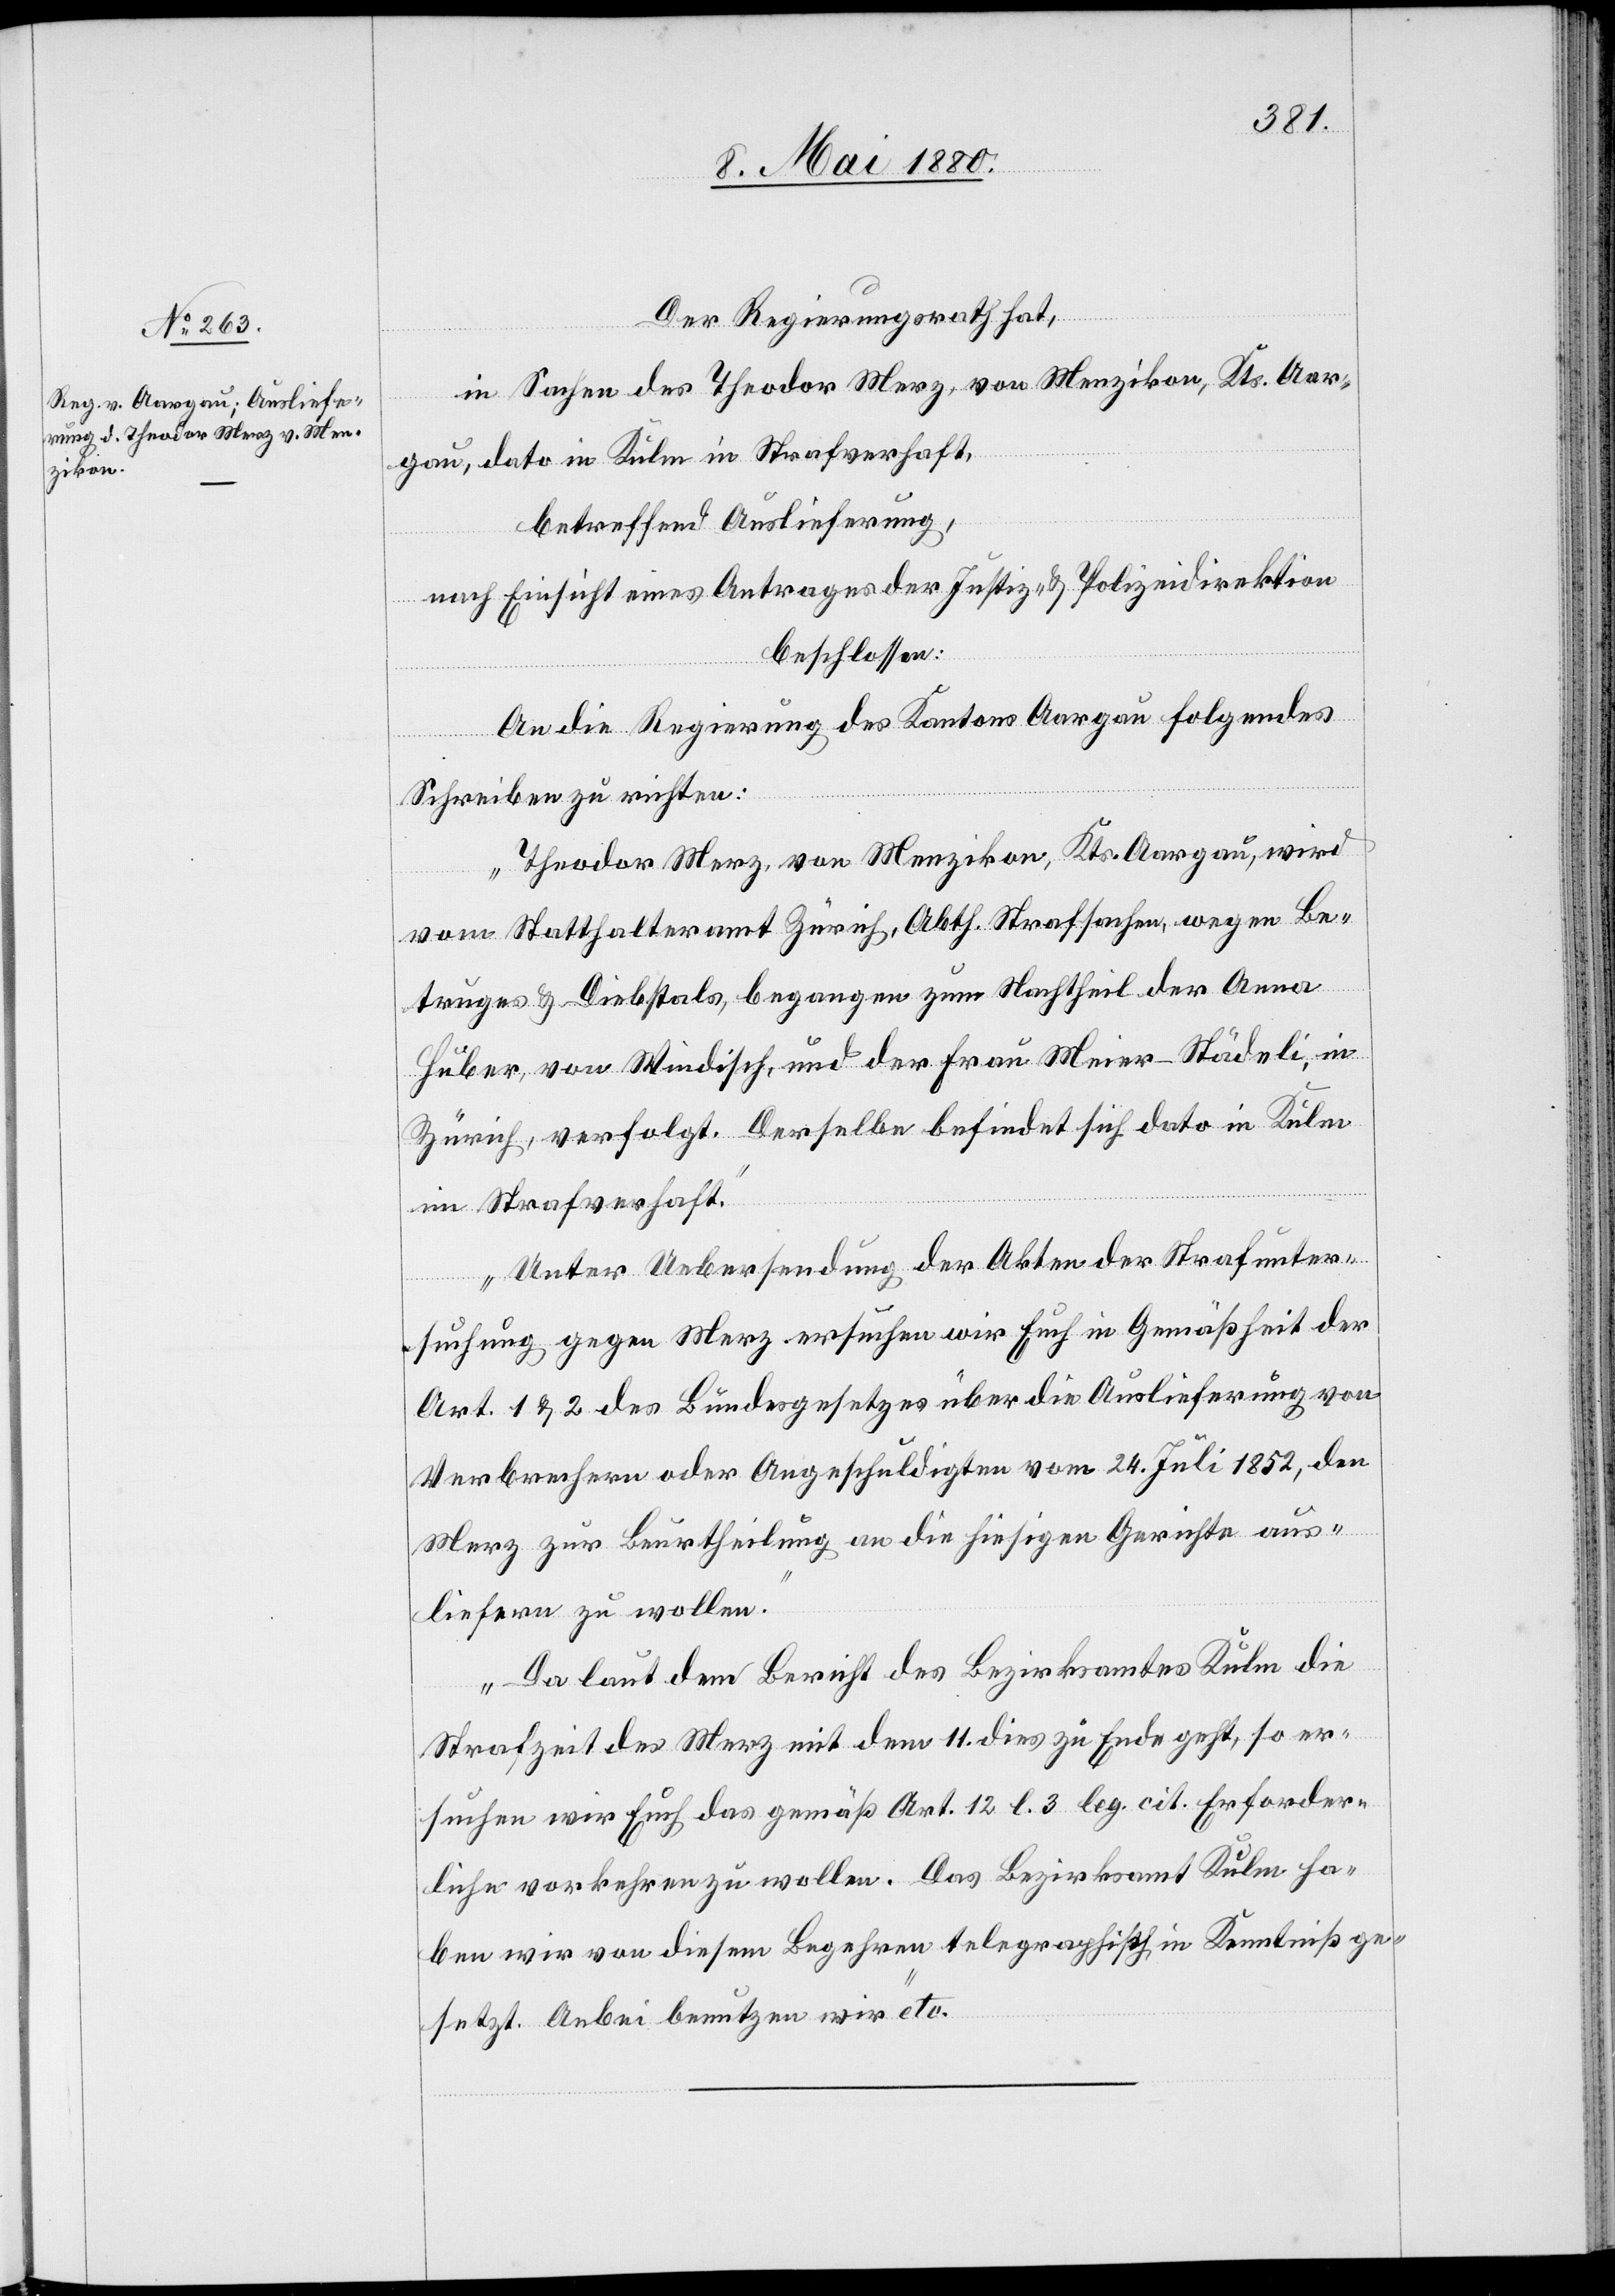
Der Regierungsrath hat,
in Sachen des Theodor Merz, von Menzikon, Kts. Aar¬
gau, dato in Kulm in Strafverhaft,
betreffend Auslieferung,
nach Einsicht eines Antrages der Justiz- & Polizeidirektion,
beschlossen:
An die Regierung des Kantons Aargau folgendes
Schreiben zu richten:
„Theodor Merz, von Menzikon, Kts. Aargau, wird
vom Statthalteramt Zürich, Abth. Strafsachen, wegen Be¬
truges & Diebstals, begangen zum Nachtheil der Anna
Huber, von Windisch, und der Frau Meier-Städeli, in
Zürich, verfolgt. Derselbe befindet sich in Kulm
im Strafverhaft.
Unter Uebersendung der Akten der Strafunter¬
suchung gegen Merz ersuchen wir Euch in Gemäßheit der
Art. 1 & 2 des Bundesgesetzes über die Auslieferung von
Verbrechern oder Angeschuldigten vom 24. Juli 1852, den
Merz zur Beurtheilung an die hiesigen Gerichte aus¬
liefern zu wollen.
Da laut dem Bericht des Bezirksamtes Kulm die
Strafzeit des Merz mit dem 11. dies zu Ende geht, so er¬
suchen wir Euch das gemäß Art. 12 l. 3 leg. cit. Erforder¬
liche vorkehren zu wollen. Das Bezirksamt Kulm ha¬
ben wir von diesem Begehren telegraphisch in Kenntniß ge¬
setzt. Anbei benutzen wir“ etc.